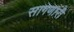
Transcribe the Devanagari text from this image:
सागणारी